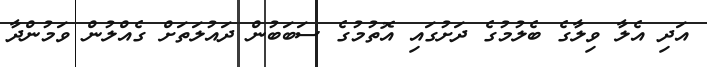
އަދި އެލާ ވިލާގެ ބެލުމުގެ ދަށުގައި އޮތުމުގެ ސަބަބުން ދައުލަތަށް ގެއްލުން ވަމުންދާ